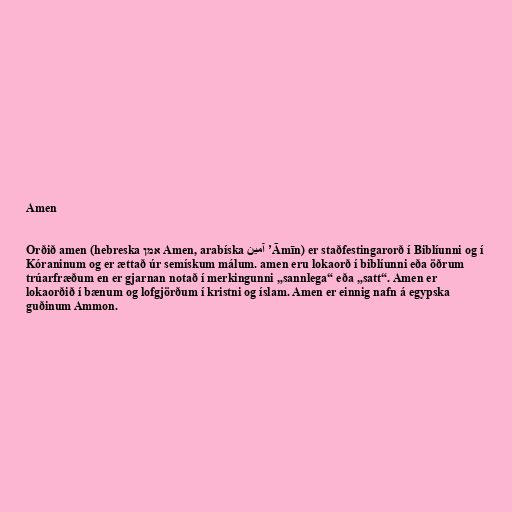
Amen

Orðið amen (hebreska אמן Amen, arabíska آمين ’Āmīn) er staðfestingarorð í Biblíunni og í
Kóraninum og er ættað úr semískum málum. amen eru lokaorð í biblíunni eða öðrum
trúarfræðum en er gjarnan notað í merkingunni „sannlega“ eða „satt“. Amen er
lokaorðið í bænum og lofgjörðum í kristni og íslam. Amen er einnig nafn á egypska
guðinum Ammon.